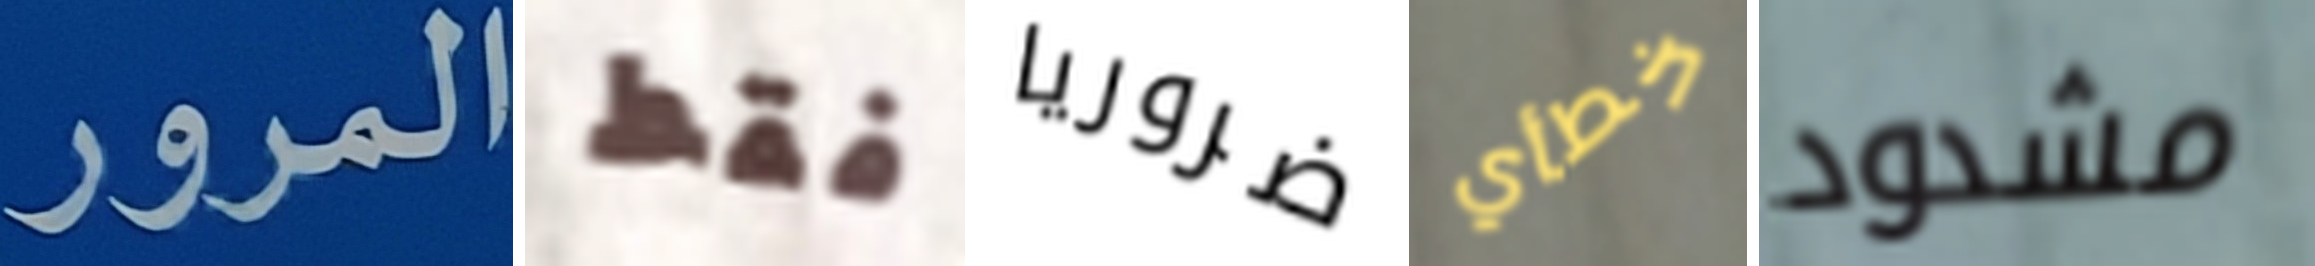
المرور فقط ضروريا خطأي مشدود